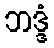
ဘဒ္ဒံ